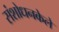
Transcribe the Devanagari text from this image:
संशोधनकेले